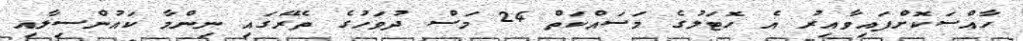
ހާއްސަކޮށްފައިވާއިރު އެ ހޮޓަލުގެ މަސައްކަތް 24 މަސް ދުވަހުގެ ތެރޭގައި ނިންމާ ކައުންސިލާއި